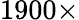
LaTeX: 1900\times